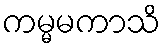
ကမ္မမကာသိ